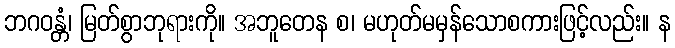
ဘဂဝန္တံ၊ မြတ်စွာဘုရားကို။ အဘူတေန စ၊ မဟုတ်မမှန်သောစကားဖြင့်လည်း။ န